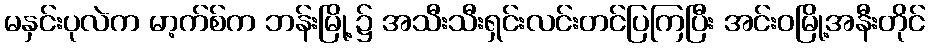
မနှင်းပုလဲက မာ့က်စ်က ဘန်းမြို့၌ အသီးသီးရှင်းလင်းတင်ပြကြပြီး အင်းဝမြို့အနီးတိုင်